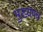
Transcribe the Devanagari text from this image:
मुख्यपत्र